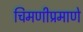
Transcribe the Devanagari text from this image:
चिमणीप्रमाणे